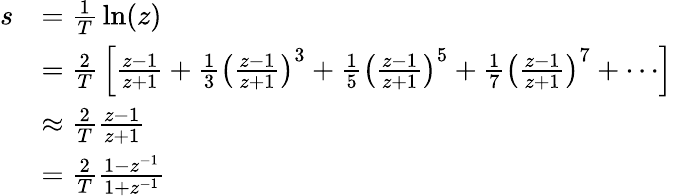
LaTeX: {\begin{array}{rl}{s}&{={\frac{1}{T}}\ln(z)}\\ &{={\frac{2}{T}}\left[{\frac{z-1}{z+1}}+{\frac{1}{3}}\left({\frac{z-1}{z+1}}\right)^{3}+{\frac{1}{5}}\left({\frac{z-1}{z+1}}\right)^{5}+{\frac{1}{7}}\left({\frac{z-1}{z+1}}\right)^{7}+\cdots\right]}\\ &{\approx{\frac{2}{T}}{\frac{z-1}{z+1}}}\\ &{={\frac{2}{T}}{\frac{1-z^{-1}}{1+z^{-1}}}}\end{array}}